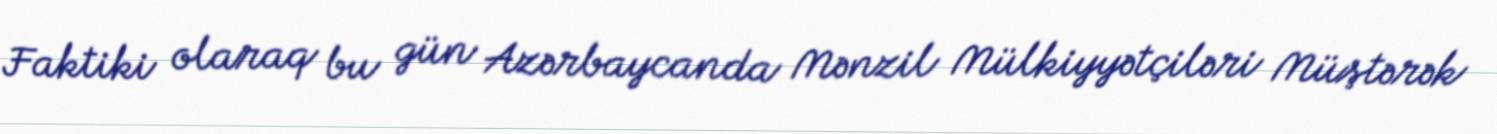
Faktiki olaraq bu gün Azərbaycanda Mənzil Mülkiyyətçiləri Müştərək